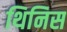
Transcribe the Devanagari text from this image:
थिनिस